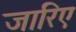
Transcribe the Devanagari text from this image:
जारिए